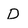
Character: D